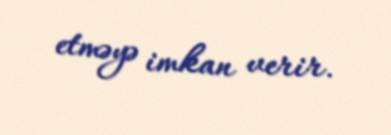
etməyə imkan verir.